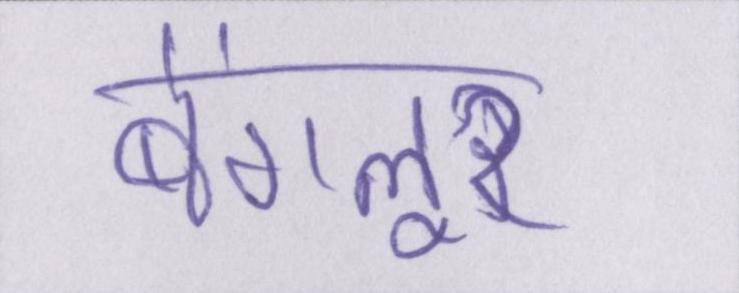
बेंगलूर